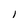
Character: l